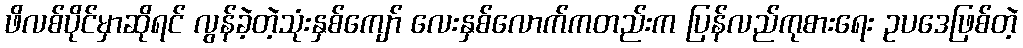
ဖိလစ်ပိုင်မှာဆိုရင် လွန်ခဲ့တဲ့သုံးနှစ်ကျော် လေးနှစ်လောက်ကတည်းက ပြန်လည်ကုစားရေး ဥပဒေဖြစ်တဲ့